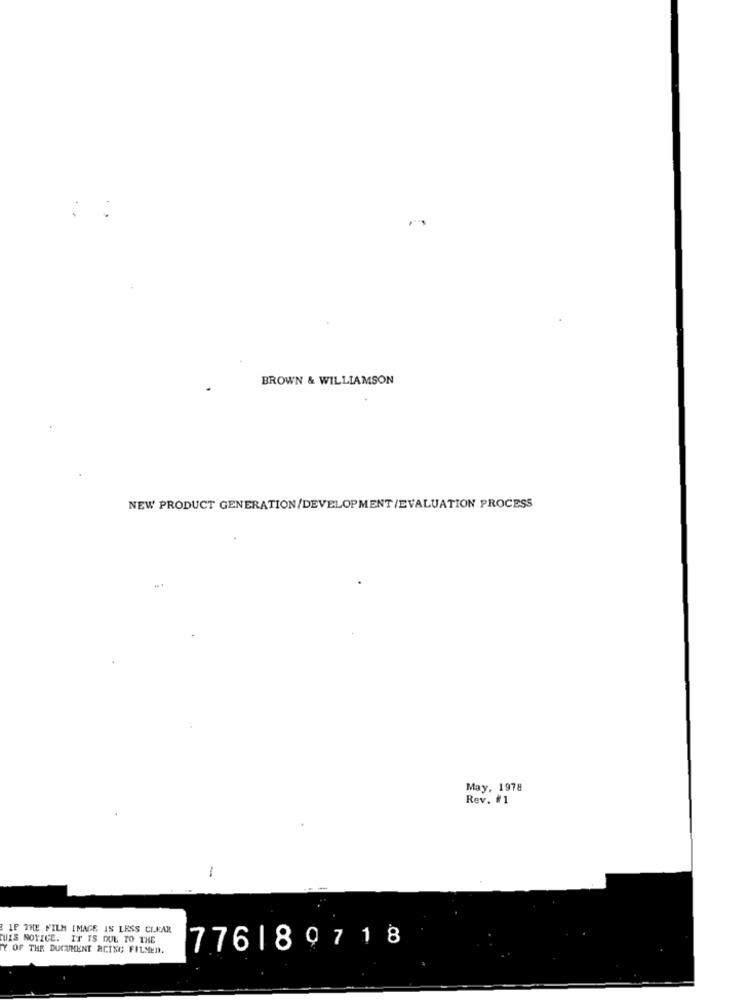
BROWN & WILLIAMSON
NEW PRODUCT GENERATION/DEVELOPMENT/EVALUATION PROCESS
May, 1978
Rev. #1
-
IF THE FILM IMAGE IS LESS CLEAR
THIS NOTICE. IT IS DUE TO THE
Y OF THE DOCUMENT ACING FILMED.
776189718